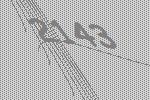
2143